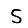
Digit: 5